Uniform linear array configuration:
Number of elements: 32
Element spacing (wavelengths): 0.25
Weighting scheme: cosine
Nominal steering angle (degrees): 30
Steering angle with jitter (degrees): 29.537
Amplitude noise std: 0.05
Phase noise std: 0.05

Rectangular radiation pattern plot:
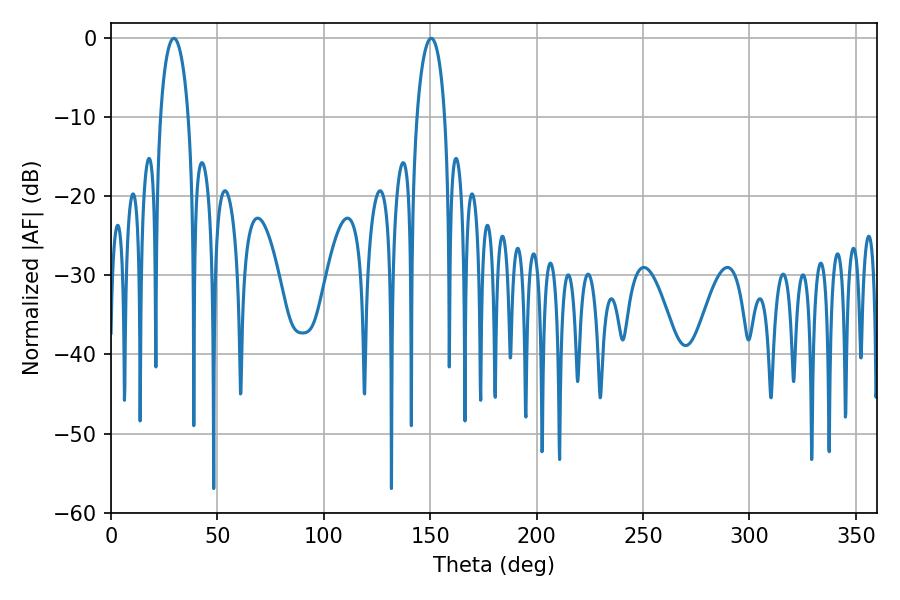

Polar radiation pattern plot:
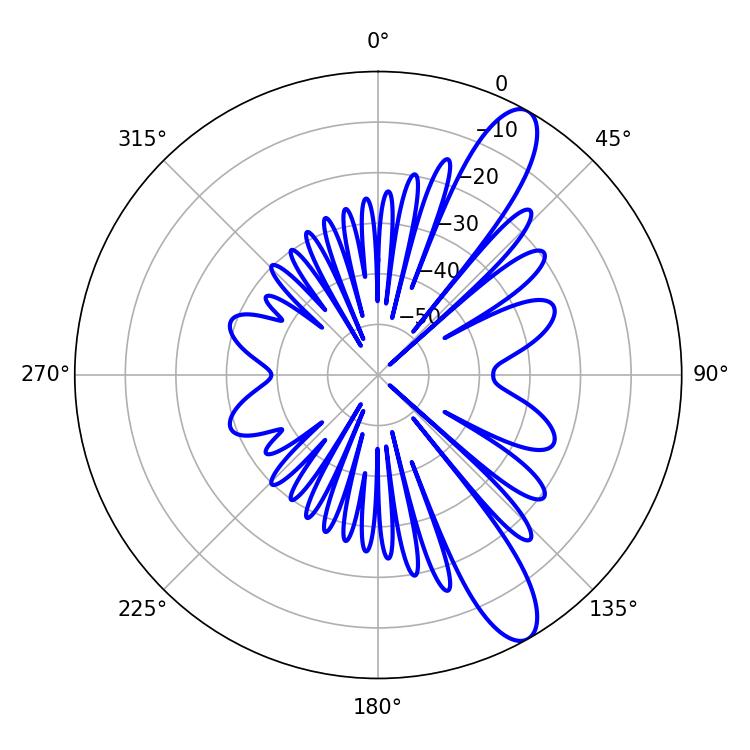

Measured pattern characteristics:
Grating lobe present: FALSE
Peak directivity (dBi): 11.453
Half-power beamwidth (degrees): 7.38
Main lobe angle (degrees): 29.52